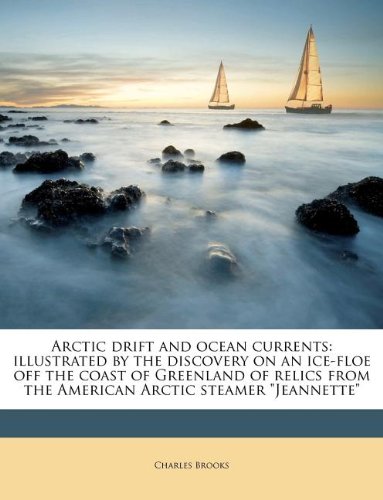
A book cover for Arctic drift and ocean currents: illustrated by the discovery on an ice-floe off the coast of Greenland of relics from the American Arctic steamer "Jeannette"; Charles Brooks; History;